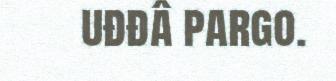
uđđâ pargo.